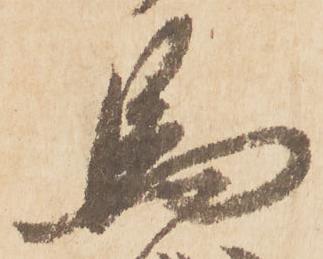
馬